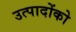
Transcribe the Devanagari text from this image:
उत्पादोंको